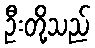
ဦးတို့သည်